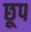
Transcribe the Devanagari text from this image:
छूप